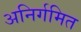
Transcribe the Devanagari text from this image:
अनिर्गमित